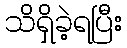
သိရှိခဲ့ရပြီး